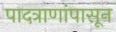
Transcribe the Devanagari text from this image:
पादत्राणांपासून